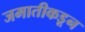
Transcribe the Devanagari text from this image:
जमातीकडून